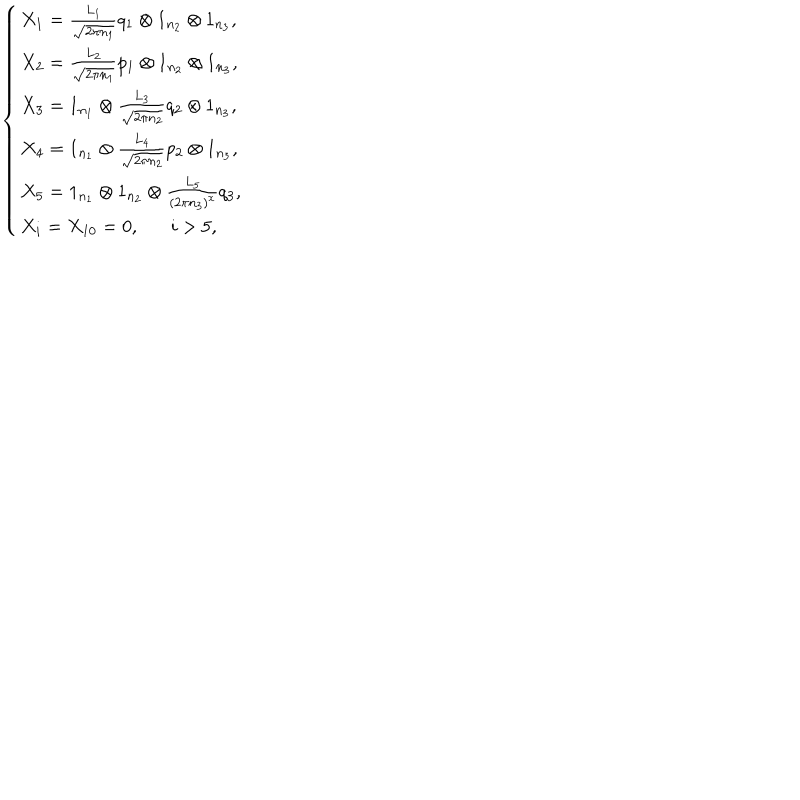
LaTeX: \left\{ \begin{array} { l l l } { { X _ { 1 } = \frac { L _ { 1 } } { \sqrt { 2 \pi n _ { 1 } } } q _ { 1 } \otimes 1 _ { n _ { 2 } } \otimes 1 _ { n _ { 3 } } , } } \\ { { X _ { 2 } = \frac { L _ { 2 } } { \sqrt { 2 \pi n _ { 1 } } } p _ { 1 } \otimes 1 _ { n _ { 2 } } \otimes 1 _ { n _ { 3 } } , } } \\ { { X _ { 3 } = 1 _ { n _ { 1 } } \otimes \frac { L _ { 3 } } { \sqrt { 2 \pi n _ { 2 } } } q _ { 2 } \otimes 1 _ { n _ { 3 } } , } } \\ { { X _ { 4 } = 1 _ { n _ { 1 } } \otimes \frac { L _ { 4 } } { \sqrt { 2 \pi n _ { 2 } } } p _ { 2 } \otimes 1 _ { n _ { 3 } } , } } \\ { { X _ { 5 } = 1 _ { n _ { 1 } } \otimes 1 _ { n _ { 2 } } \otimes \frac { L _ { 5 } } { ( 2 \pi n _ { 3 } ) ^ { x } } q _ { 3 } , } } \\ { { X _ { i } = X _ { 1 0 } = 0 , i > 5 , } } \\ \end{array} \right.